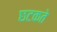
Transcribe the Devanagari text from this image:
छटकते